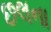
છલના